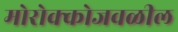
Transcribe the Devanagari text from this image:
मोरोक्कोजवळील